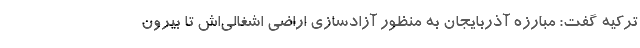
ترکیه گفت: مبارزه آذربایجان به منظور آزادسازی اراضی اشغالی‌اش تا بیرون